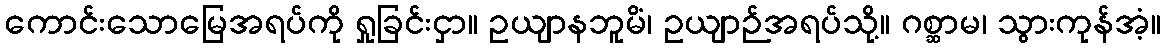
ကောင်းသောမြေအရပ်ကို ရှုခြင်းငှာ။ ဥယျာနဘူမိံ၊ ဥယျာဉ်အရပ်သို့။ ဂစ္ဆာမ၊ သွားကုန်အံ့။